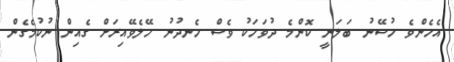
އެހެންވެ ހުސޭނު ބަލަނީ ކޮންމެ ދުވަހަކު ވެސް ހެނދުނު ހޭލެވޭއިރަށް ގެއިން ނުކުމެގެން